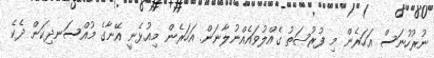
ނުރުހުނަސް އަހަރެން މި ފުރުޞަތު ގެއްލުވައެއްނުލާނަން. އަހަރެން މިއުޅެނީ އޭނާގެ މުއްސަނދިކަން ދެކެ